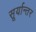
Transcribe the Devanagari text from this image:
सूर्यान्तर